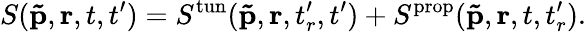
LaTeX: S(\mathbf{\tilde{p}},\mathbf{r},t,t^{\prime})=S^{\mathrm{tun}}(\mathbf{\tilde{p}},\mathbf{r},t_{r}^{\prime},t^{\prime})+S^{\mathrm{prop}}(\mathbf{\tilde{p}},\mathbf{r},t,t_{r}^{\prime}).